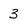
Character: 3